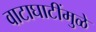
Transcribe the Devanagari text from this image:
वाटाघाटींमुळे